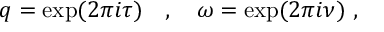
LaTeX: q = \exp ( 2 \pi i \tau ) ~ ~ ~ , ~ ~ ~ \omega = \exp ( 2 \pi i \nu ) ~ ,